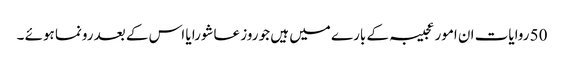
50 روایات ان امور عجیبہ کے بارے میں ہیں جو روز عاشورا یا اس کے بعد رونما ہوئے ۔